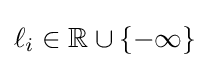
\ell _{i}\in \mathbb {R} \cup \{-\infty \}